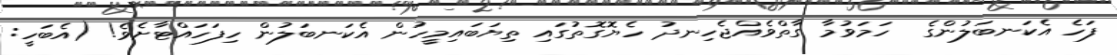
ފަހެ އެކަނބަލުންގެ  ހަމަވުމާ ގާތްވެއްޖެހިނދު ހެޔޮގޮތުގައި ތިޔަބައިމީހުން އެކަނބަލުން ހިފަހައްޓާށެވެ! (އެބަހީ: